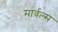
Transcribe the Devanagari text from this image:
मार्वल्स